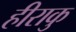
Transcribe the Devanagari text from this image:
हीराकु